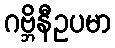
ဂဗ္ဘိနီဥပမာ